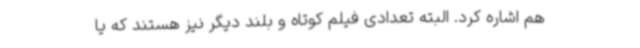
هم اشاره کرد. البته تعدادی فیلم کوتاه و بلند دیگر نیز هستند که یا